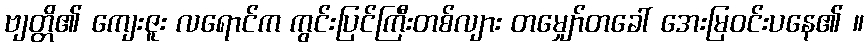
ဗျတ္တိ၏ ကျေးဇူး လရောင်က ကွင်းပြင်ကြီးတစ်လျား တမျှော်တခေါ် အေးမြဝင်းပနေ၏ ။